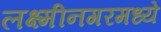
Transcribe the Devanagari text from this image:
लक्ष्मीनगरमध्ये